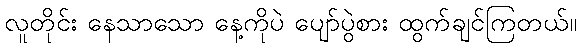
လူတိုင်း နေသာသော နေ့ကိုပဲ ပျော်ပွဲစား ထွက်ချင်ကြတယ်။